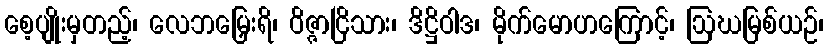
စေ့ပျိုးမှတည့်၊ လေဘမြှေးရိ၊ ဝိဇ္ဇာငြိသား၊ ဒိဋ္ဌိဝါဒ၊ မိုက်မောဟကြောင့်၊ ဩဃမြစ်ယဉ်၊